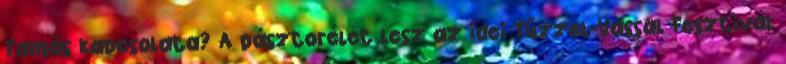
Tamás kapcsolata? A pásztorélet lesz az idei Tűzzel-Vassal Fesztivál